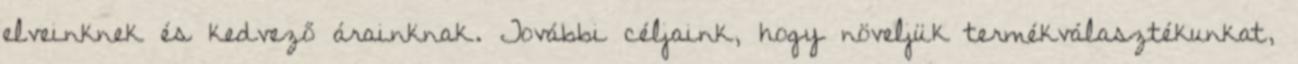
elveinknek és kedvező árainknak. További céljaink, hogy növeljük termékválasztékunkat,